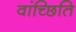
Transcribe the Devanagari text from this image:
वांच्छिति